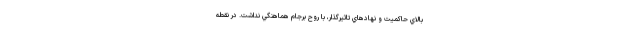
بالاي حاكميت و نهادهاي تاثيرگذار، با روح برجام هماهنگي نداشت. در نقطه